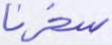
سخرنا